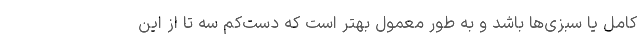
کامل یا سبزی‌ها باشد و به‌ طور معمول بهتر است که دست‌کم سه تا از این